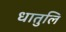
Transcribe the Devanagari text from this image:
धातुलि